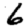
Digit: 6